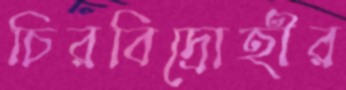
চিরবিদ্রোহীর